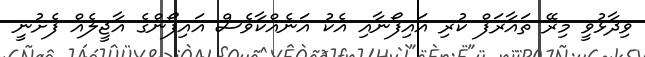
ވިދާޅުވީ މިރޭ ތައާރަފް ކުރި އައިފޯނާއި އެކު އަނެއްކާވެސް އައިފޯންގެ އާޖީލެއް ފެށުނީ